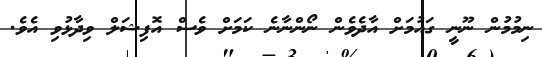
ނިމުމުން ނޫނީ ގައުމަށް އާދެވެން ނޯންނާނެ ކަމަށް ވެސް އޮފިޝަލް ވިދާޅުވި އެވެ.